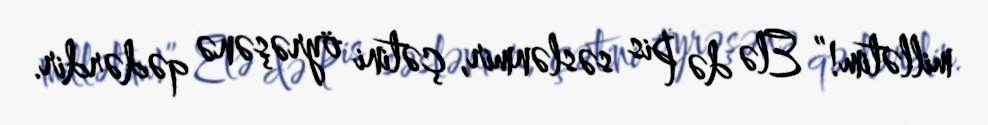
millətim!” Elə də pis səslənmir, çətini öyrəşənə qədərdir.